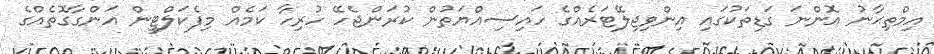
އިމްތިޙާނު އޮންނަ ގަޑިތަކުގައި އިންވިޖިލޭޓަރެއްގެ ހައިސިއްޔަތުން ކުރަންޖެހޭ ހުރިހާ ކަމެއް މިފެކަލްޓީން އަންގާގޮތެއްގެ